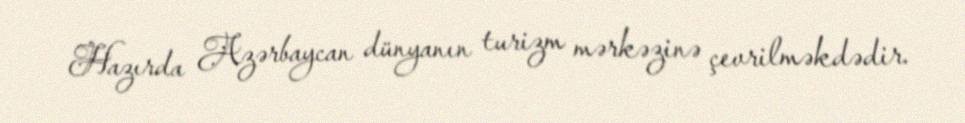
Hazırda Azərbaycan dünyanın turizm mərkəzinə çevrilməkdədir.